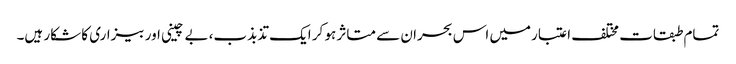
تمام طبقات مختلف اعتبارمیں اس بحران سے متاثر ہو کر ایک تذبذب، بے چینی اور بیزاری کا شکار ہیں۔